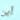
أين